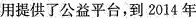
用提供了公益平台，到2014年